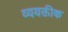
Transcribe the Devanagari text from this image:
व्ययक्तीक